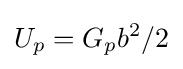
U_{p}=G_{p}b^{2}/2